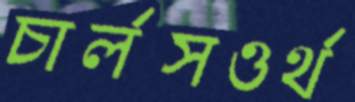
চার্লসওর্থ